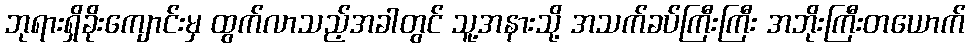
ဘုရားရှိခိုးကျောင်းမှ ထွက်လာသည့်အခါတွင် သူ့အနားသို့ အသက်ခပ်ကြီးကြီး အဘိုးကြီးတယောက်